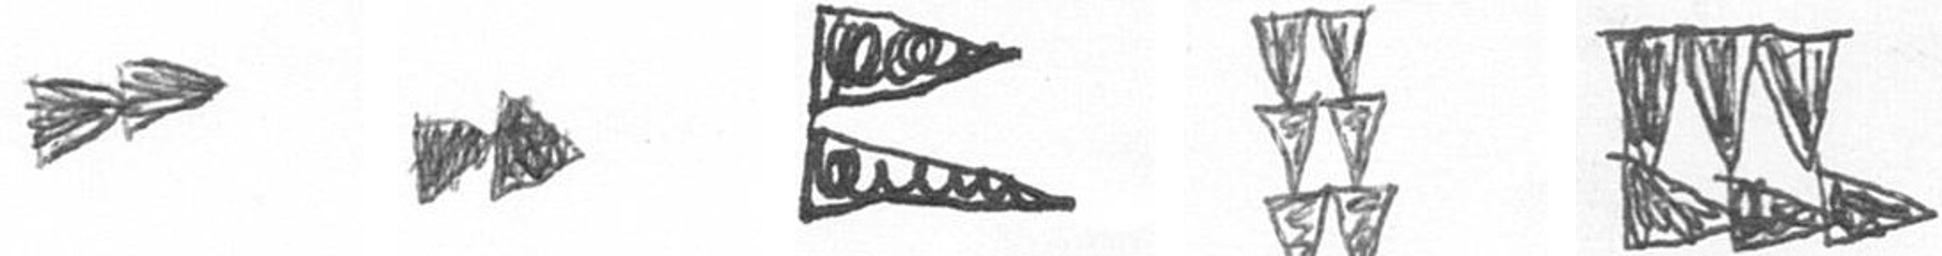
A A P Y D